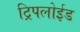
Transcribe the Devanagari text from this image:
ट्रिपलोईड